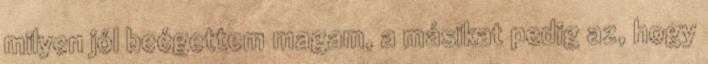
milyen jól beégettem magam, a másikat pedig az, hogy